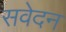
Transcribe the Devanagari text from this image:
सवेदन